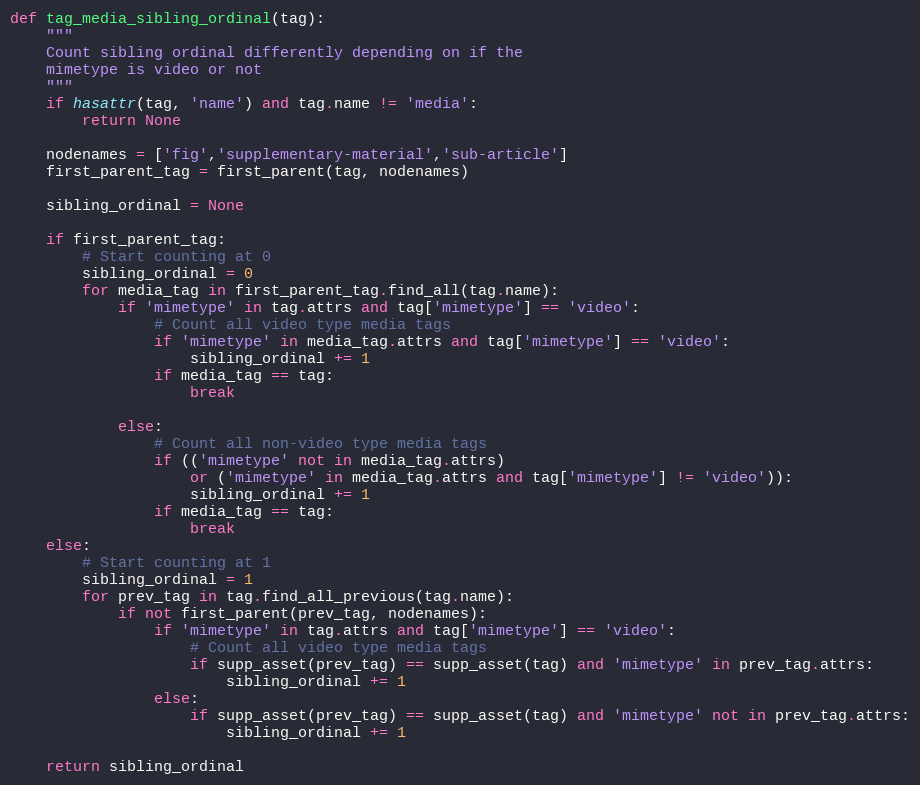
Language: Python
def tag_media_sibling_ordinal(tag):
    """
    Count sibling ordinal differently depending on if the
    mimetype is video or not
    """
    if hasattr(tag, 'name') and tag.name != 'media':
        return None

    nodenames = ['fig','supplementary-material','sub-article']
    first_parent_tag = first_parent(tag, nodenames)

    sibling_ordinal = None

    if first_parent_tag:
        # Start counting at 0
        sibling_ordinal = 0
        for media_tag in first_parent_tag.find_all(tag.name):
            if 'mimetype' in tag.attrs and tag['mimetype'] == 'video':
                # Count all video type media tags
                if 'mimetype' in media_tag.attrs and tag['mimetype'] == 'video':
                    sibling_ordinal += 1
                if media_tag == tag:
                    break

            else:
                # Count all non-video type media tags
                if (('mimetype' not in media_tag.attrs)
                    or ('mimetype' in media_tag.attrs and tag['mimetype'] != 'video')):
                    sibling_ordinal += 1
                if media_tag == tag:
                    break
    else:
        # Start counting at 1
        sibling_ordinal = 1
        for prev_tag in tag.find_all_previous(tag.name):
            if not first_parent(prev_tag, nodenames):
                if 'mimetype' in tag.attrs and tag['mimetype'] == 'video':
                    # Count all video type media tags
                    if supp_asset(prev_tag) == supp_asset(tag) and 'mimetype' in prev_tag.attrs:
                        sibling_ordinal += 1
                else:
                    if supp_asset(prev_tag) == supp_asset(tag) and 'mimetype' not in prev_tag.attrs:
                        sibling_ordinal += 1

    return sibling_ordinal